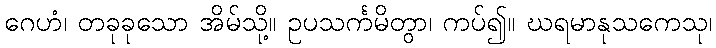
ဂေဟံ၊ တခုခုသော အိမ်သို့။ ဥပသင်္ကမိတွာ၊ ကပ်၍။ ဃရမာနုသကေသု၊